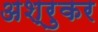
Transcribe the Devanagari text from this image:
अश्रुकर